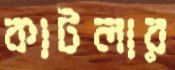
কাটলার